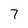
Character: 7